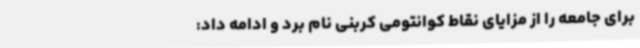
برای جامعه را از مزایای نقاط کوانتومی کربنی نام برد و ادامه داد: